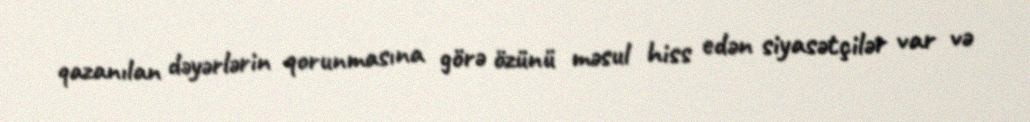
qazanılan dəyərlərin qorunmasına görə özünü məsul hiss edən siyasətçilər var və